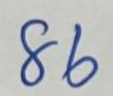
86